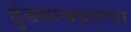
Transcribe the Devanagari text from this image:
हुंड्याबद्दलचा